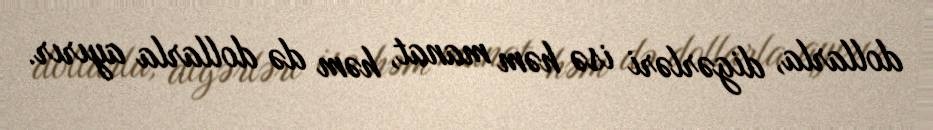
dollarla, digərləri isə həm manat, həm də dollarla ayırır.